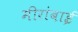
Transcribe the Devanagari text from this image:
मीरांबाई